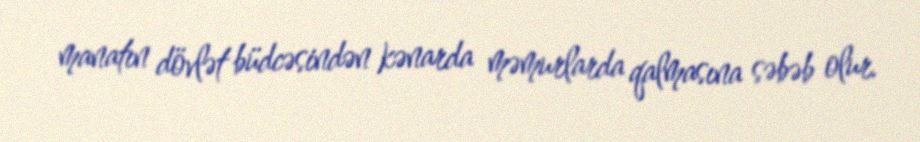
manatın dövlət büdcəsindən kənarda məmurlarda qalmasına səbəb olur.